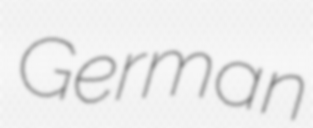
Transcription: German